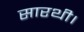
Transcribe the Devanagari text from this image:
सारथी।